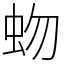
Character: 𧉚